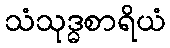
သံသုဒ္ဓစာရိယံ